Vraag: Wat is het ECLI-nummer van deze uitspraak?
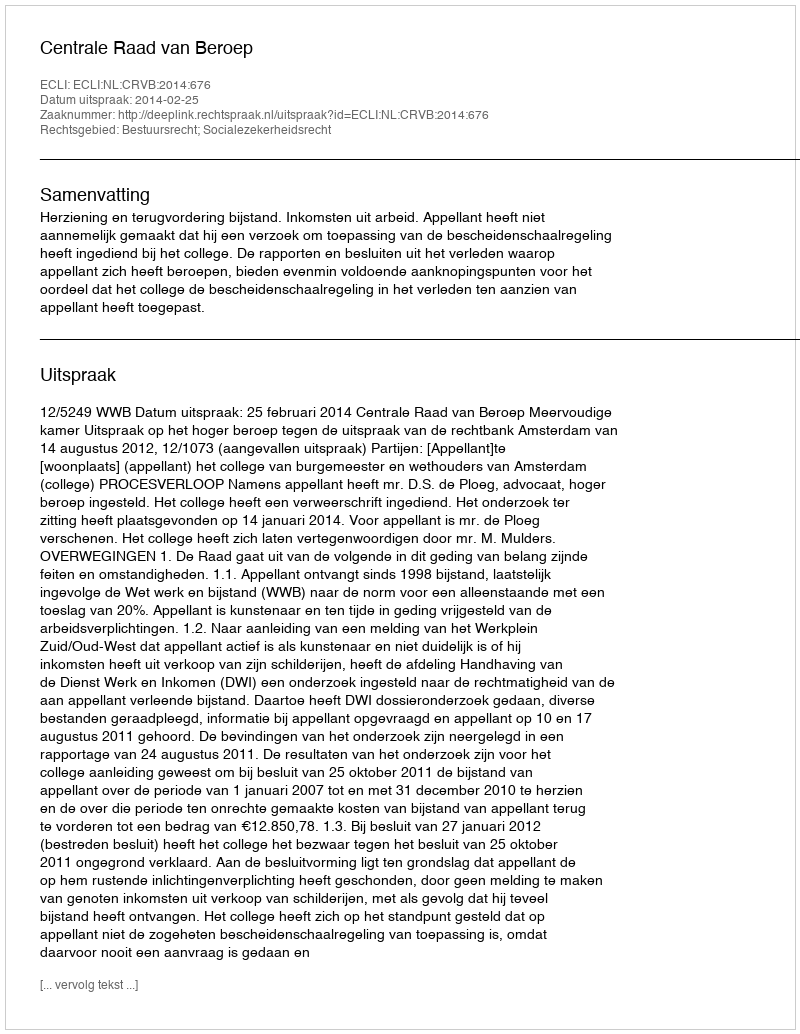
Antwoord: ECLI:NL:CRVB:2014:676